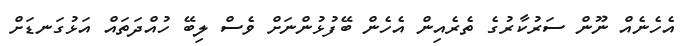
އެހެނެއް ނޫން ސަރުކާރުގެ ތެރެއިން އެހެން ބޭފުޅުންނަށް ވެސް ލިބޭ ހުއްދަތައް އަޅުގަނޑަށް